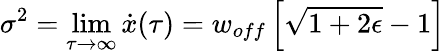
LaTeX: \sigma^{2}=\operatorname*{lim}_{\tau\rightarrow\infty}\dot{x}(\tau)=w_{off}\left[\sqrt{1+2\epsilon}-1\right]